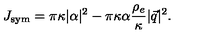
J _ { \mathrm { s y m } } = \pi \kappa | \alpha | ^ { 2 } - \pi \kappa \alpha \frac { \rho _ { e } } { \kappa } | \vec { q } | ^ { 2 } .